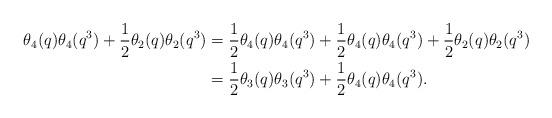
LaTeX: \begin{align*} \theta_4(q)\theta_4(q^3)+\dfrac{1}{2}\theta_2(q)\theta_2(q^3) &= \dfrac{1}{2}\theta_4(q)\theta_4(q^3)+\dfrac{1}{2}\theta_4(q)\theta_4(q^3)+\dfrac{1}{2}\theta_2(q)\theta_2(q^3)\\ &= \dfrac{1}{2}\theta_3(q)\theta_3(q^3)+\dfrac{1}{2}\theta_4(q)\theta_4(q^3).\end{align*}